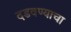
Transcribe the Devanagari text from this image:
दडवण्याचा